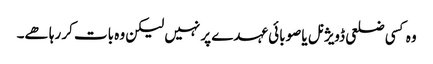
وہ کسی ضلعی ڈویژنل یا صوبائی عہدے پر نہیں لیکن وہ بات کر رہا ھے۔